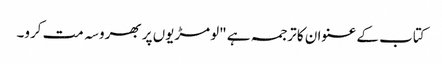
کتاب کے عنوان کا ترجمہ ہے "لومڑیوں پر بھروسہ مت کرو۔